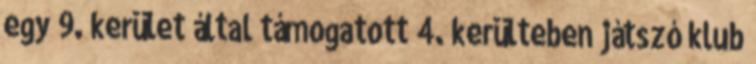
egy 9. kerület által támogatott 4. kerülteben játszó klub